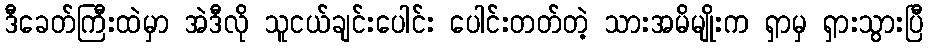
ဒီခေတ်ကြီးထဲမှာ အဲဒီလို သူငယ်ချင်းပေါင်း ပေါင်းတတ်တဲ့ သားအမိမျိုးက ရှာမှ ရှားသွားပြီ